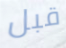
قبل